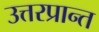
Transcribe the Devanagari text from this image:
उत्तरप्रान्त